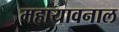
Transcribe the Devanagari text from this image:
महायावनाल